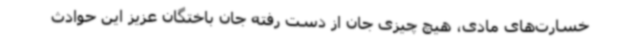
خسارت‌های مادی، هیچ چیزی جان از دست رفته جان باختگان عزیز این حوادث